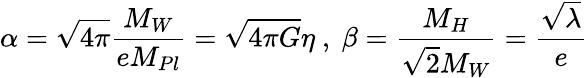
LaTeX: \alpha=\sqrt{4\pi}\frac{M_{W}}{eM_{Pl}}=\sqrt{4\pi G}\eta\ ,\ \beta=\frac{M_{H}}{\sqrt{2}M_{W}}=\frac{\sqrt{\lambda}}{e}